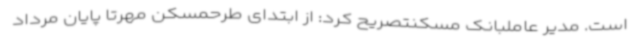
است. مدیر عاملبانک مسکنتصریح کرد: از ابتدای طرحمسکن مهرتا پایان مرداد